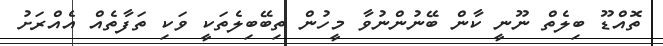
ތޮއްޑޫ ބިލެތް ނޫނީ ކާން ބޭނުންނުވާ މީހުން ތިބޭބިލެތަކީ ވަކި ތަފާތެއް އެއްރަށު